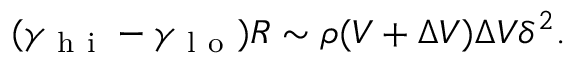
( \gamma _ { \mathrm { ~ h ~ i ~ } } - \gamma _ { \mathrm { ~ l ~ o ~ } } ) R \sim \rho ( V + \Delta V ) \Delta V \delta ^ { 2 } .